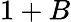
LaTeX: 1+B